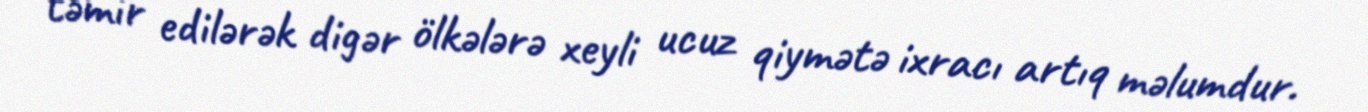
təmir edilərək digər ölkələrə xeyli ucuz qiymətə ixracı artıq məlumdur.